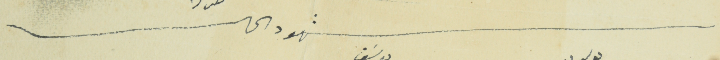
شهود الحال